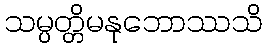
သမ္ပတ္တိမနုဘောဿသိ